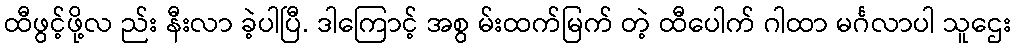
ထီဖွင့်ဖို့လ ည်း နီးလာ ခဲ့ပါပြီ. ဒါကြောင့် အစွ မ်းထက်မြက် တဲ့ ထီပေါက် ဂါထာ မင်္ဂလာပါ သူဌေး